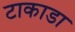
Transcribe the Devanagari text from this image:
टाकाडा